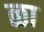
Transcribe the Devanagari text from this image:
ळा